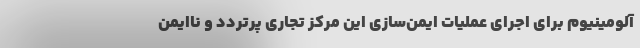
آلومینیوم برای اجرای عملیات ایمن‌­سازی این مرکز تجاری پرتردد و ناایمن